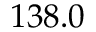
1 3 8 . 0